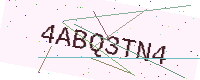
Text: 4ABQ3TN4